Tezpur Lunatic Asylum reports 1895-1904 - 1895-1904
Year: 1895
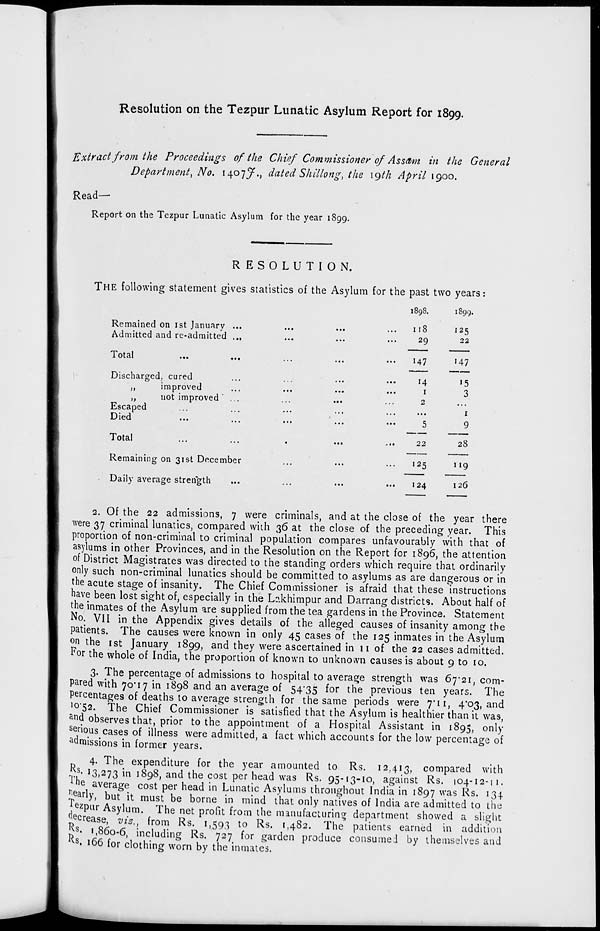
Resolution on the Tezpur Lunatic Asylum Report for 1899.
Extract from the Proceedings of the Chief Commissioner of Assam in the General
Department^ No. 1407^., dated Shillong, the 19th April 1900.
Read-
Report on the Tezpur Lunatic Asylum for the year iSgg.
RESOLUTION.
THE following statement gives statistics of the Asylum for the past two years:
1898.
1899.
Remained on ist January ...
Admitted and re-admitted ...
Total
...
...
Discharged, cured
,,
improved
Escaped
Died
not improved
...
118
125
...
29
22
...
147
'47
...
14
'5
...
I
3
2
...
1
...
5
9
...
22
28
...
'25
119
...
124
126
Total
Remaining on 31st December
Daily average strength
2. Of the 22 admissions, 7 were criminals, and at the close of the year there
were 37 criminal lunatics, compared with 36 at the close of the preceding year. This
proportion of non-criminal to criminal population compares unfavourably with that of
asylums in other Provinces, and in the Resolution on the Report for 1896, the attention
of District Magistrates was directed to the standing orders which require that ordinarily
only such non-criminal lunatics should be committed to asylums as are dangerous or in
the acute stage of insanity. The Chief Commissioner is afraid that these instructions
have been lost sight of, especially in the Lckhimpur and Darrang districts. About half of
the inmates of the Asylum are supplied from the tea gardens in the Province, Statement
No. VII in the Appendix gives details of the alleged causes of insanity among the
patients. The causes were known in only 45 cases of the 125 inmates in the Asylum
°n the ist January 1899, and they were ascertained in 11 of the 22 cases admitted.
For the whole of India, the proportion of known to unknown causes is about 9 to 10.
3. The percentage of admissions to hospital to average strength was 67*21, com-
pared with 70*17 in 1898 and an average of 54*35 for the previous ten years. The
Percentages of deaths to average strength for the same periods were 7*11, 4*03, and
,0 "5 2 - The Chief Commissioner is satisfied that the Asylum is healthier than it was,
an d observes that, prior to the appointment of a Hospital Assistant in 1895, only
serious cases of illness were admitted, a fact which accounts for the low percentage of
admissions in former years.
4. The expenditure for the year amounted to Rs. 12,413, compared with
SjJ' ! 3>273 in 1898, and the cost per head was Rs. 95-13-10, against Rs. 104-12-11.
the average cost per head in Lunatic Asylums throughout India in 1897 was ^s- J 34
Jjearly, but it must be borne in mind that only natives of India are admitted to the
T e ,
ezpur Asylum. The net profit from the manufacturing department
decrease, vis., from Rs. 1,593 to Rs. 1,482. The patients ea
3. 1,860-6, including Rs. 727 for ga
s . 166 for clothing worn by the inmates.
showed a slight
earned in addition
ft!' l-'?^, 0 "^'. including Rs. 727 for garden produce consume,! by themselves and